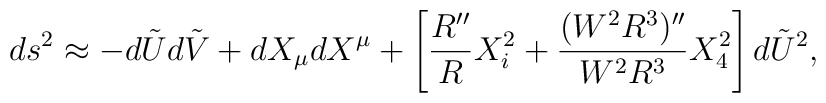
ds^2 \approx -d\tilde{U} d\tilde{V} + dX_\mu dX^\mu + \left[ \frac{R''}{R}X_i^2 + \frac{(W^2 R^3)''}{W^2 R^3} X_4^2 \right] d\tilde{U}^2,